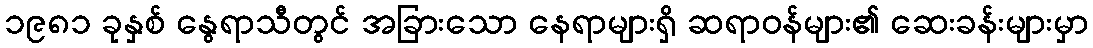
၁၉၈၁ ခုနှစ် နွေရာသီတွင် အခြားသော နေရာများရှိ ဆရာဝန်များ၏ ဆေးခန်းများမှာ